Civil Veterinary Dept. Bombay admin report 1893-99 - 1893-1899
Year: 1893
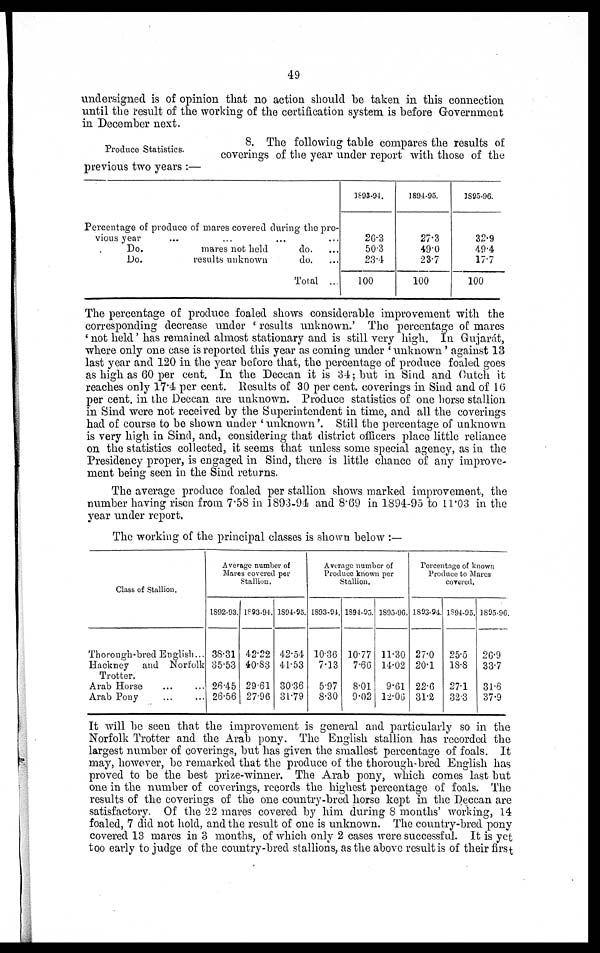
49
undersigned is of opinion that no action should be taken in this connection
until the result of the working of the certification system is before Government
in December next.
Produce Statistics.
8. The following table compares the results of
coverings of the year under report with those of the
previous two years:—
Percentage of produce of mares covered during the pre-
vious year ... ... ... ...
Do.
mares not held
do. ...
Do.
results unknown
do. ...
Total ...
1893-94.
26.3
50.3
23.4
100
1894-95.
27.3
49.0
23.7
100
1895-96.
32.9
49.4
17.7
100
The percentage of produce foaled shows considerable improvement with the
corresponding decrease under 'results unknown.' The percentage of mares
'not held' has remained almost stationary and is still very high. In Gujarát,
where only one case is reported this year as coming under 'unknown' against 13
last year and 120 in the year before that, the percentage of produce foaled goes
as high as 60 per cent. In the Deccan it is 34; but in Sind and Cutch it
reaches only 17.4 per cent. Results of 30 per cent. coverings in Sind and of 16
per cent. in the Deccan are unknown. Produce statistics of one horse stallion
in Sind were not received by the Superintendent in time, and all the coverings
had of course to be shown under 'unknown'. Still the percentage of unknown
is very high in Sind, and, considering that district officers place little reliance
on the statistics collected, it seems that unless some special agency, as in the
Presidency proper, is engaged in Sind, there is little chance of any improve-
ment being seen in the Sind returns.
The average produce foaled per stallion shows marked improvement, the
number having risen from 7.58 in 1893-94 and 8.69 in 1894-95 to 11.03 in the
year under report.
The working of the principal classes is shown below:—
Class of Stallion.
Thorough-bred English...
Hackney and Norfolk
Trotter.
Arab Horse ... ...
Arab Pony ... ...
Average number of
Mares covered per
Stallion.
1892-93.
38.31
35.53
26.45
26.56
1893-94.
42.22
40.83
29.61
27.96
1894-95.
42.54
44.53
30.36
31.79
Average number of
Produce known per
Stallion.
1893-94.
10.36
7.13
5.97
8.30
1894-95.
10.77
7.66
8.01
9.02
1895-96.
11.30
14.02
9.61
12.06
Percentage of known
Produce to Mares
covered.
1893-94.
27.0
20.1
22.6
31.2
1894-95.
25.5
18.8
27.1
32.3
1895-96.
26.9
33.7
31.6
37.9
It will be seen that the improvement is general and particularly so in the
Norfolk Trotter and the Arab pony. The English stallion has recorded the
largest number of coverings, but has given the smallest percentage of foals. It
may, however, be remarked that the produce of the thorough-bred English has
proved to be the best prize-winner. The Arab pony, which comes last but
one in the number of coverings, records the highest percentage of foals. The
results of the coverings of the one country-bred horse kept in the Deccan are
satisfactory. Of the 22 mares covered by him during 8 months' working, 14
foaled, 7 did not hold, and the result of one is unknown. The country-bred pony
covered 13 mares in 3 months, of which only 2 cases were successful. It is yet
too early to judge of the country-bred stallions, as the above result is of their first